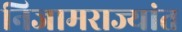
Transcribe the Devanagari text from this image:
निजामराज्यांत